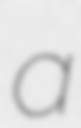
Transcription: a